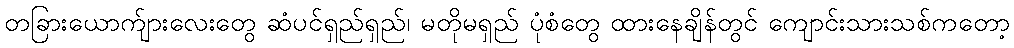
တခြားယောက်ျားလေးတွေ ဆံပင်ရှည်ရှည်၊ မတိုမရှည် ပုံစံတွေ ထားနေချိန်တွင် ကျောင်းသားသစ်ကတော့